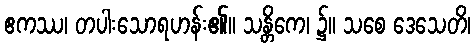
ဧကဿ၊ တပါးသောရဟန်း၏။ သန္တိကေ၊ ၌။ သစေ ဒေသေတိ၊